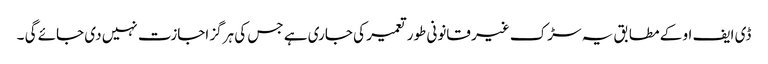
ڈی ایف او کے مطابق یہ سڑک غیر قانونی طور تعمیر کی جاری ہے جس کی ہرگز اجازت نہیں دی جائے گی ۔